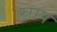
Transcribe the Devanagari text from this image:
स्राप